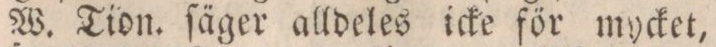
W. Tion. ſäger alldeles icke för mycket,